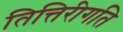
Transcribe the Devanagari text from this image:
तित्तिरीगति